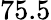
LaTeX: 75.5